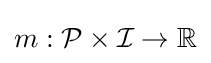
m:{\mathcal {P}}\times {\mathcal {I}}\to \mathbb {R}